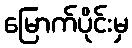
မြောက်ပိုင်းမှ